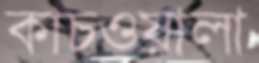
কাচওয়ালা